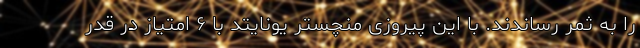
را به ثمر رساندند. با این پیروزی منچستر یونایتد با ۶ امتیاز در قدر